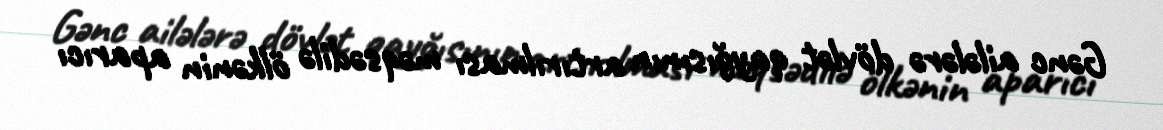
Gənc ailələrə dövlət qayğısının artırılması məqsədilə ölkənin aparıcı